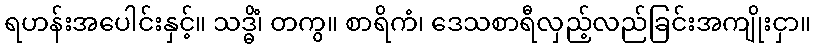
ရဟန်းအပေါင်းနှင့်။ သဒ္ဓိံ၊ တကွ။ စာရိကံ၊ ဒေသစာရီလှည့်လည်ခြင်းအကျိုးငှာ။